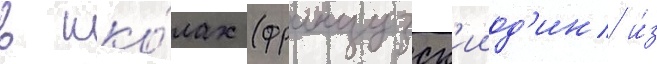
в шко́лах (французск'ииод'ин и́з